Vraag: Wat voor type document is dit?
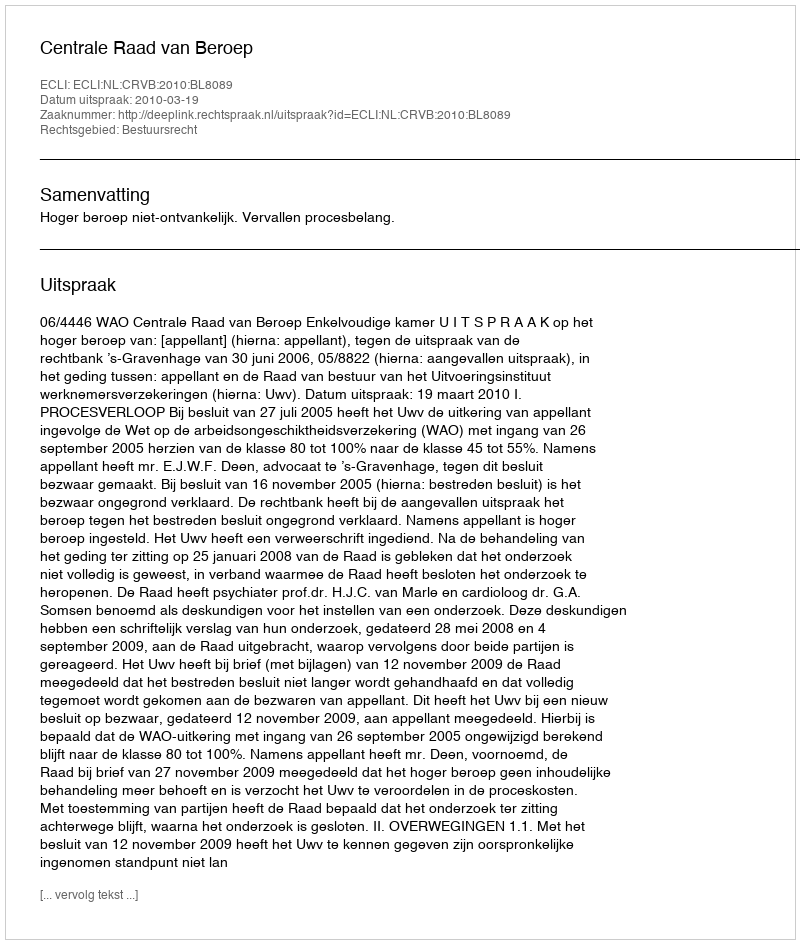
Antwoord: Uitspraak